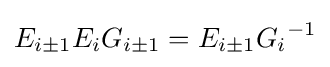
E_{i\pm 1}E_{i}G_{i\pm 1}=E_{i\pm 1}{G_{i}}^{-1}